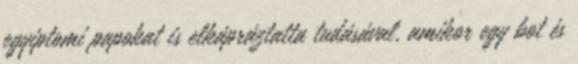
egyiptomi papokat is elkápráztatta tudásával, amikor egy bot és